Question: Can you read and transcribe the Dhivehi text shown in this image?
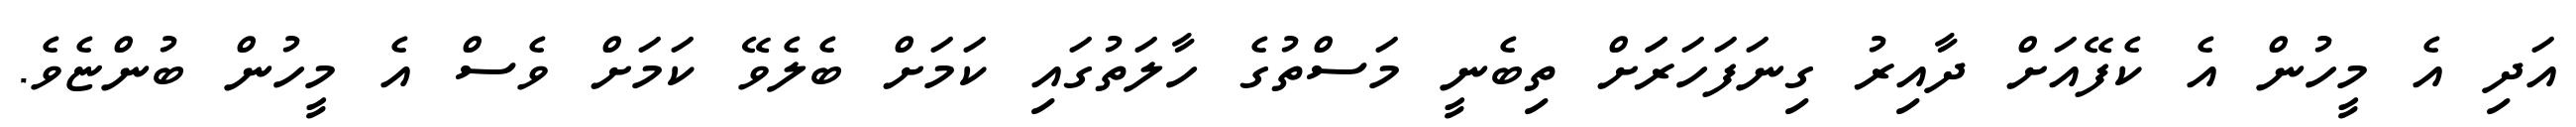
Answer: އަދި އެ މީހުން އެ ކެފޭއަށް ދާއިރު ގިނަފަހަރަަށް ތިބެނީ މަސްތުގެ ހާލަތުގައި ކަމަށް ބެލެވޭ ކަމަށް ވެސް އެ މީހުން ބުންޏެވެ.